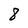
Character: 8